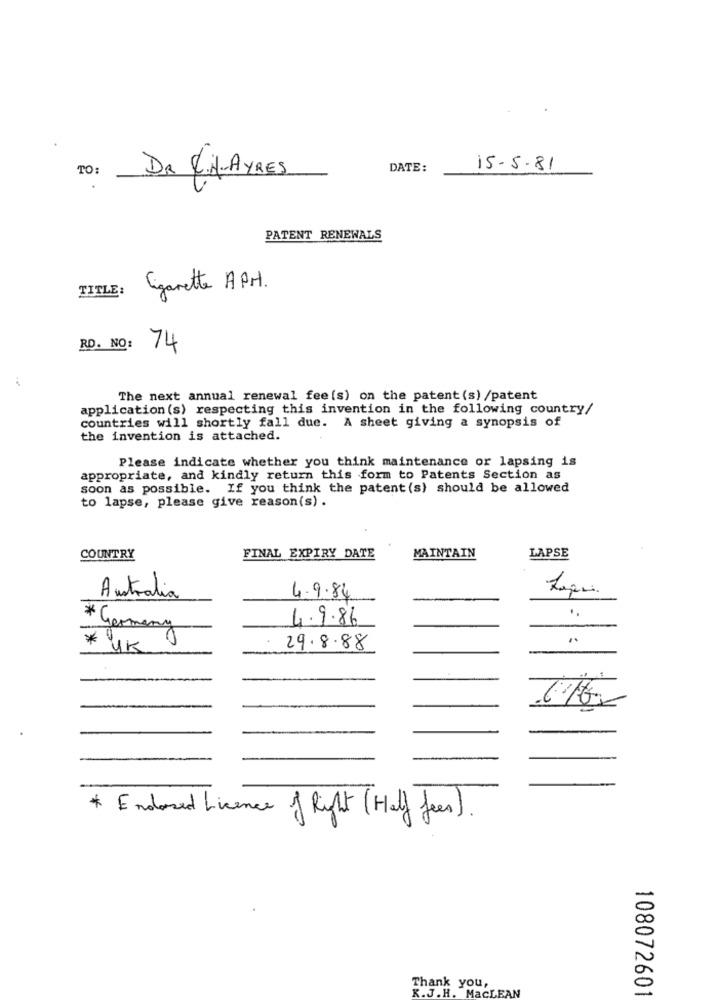
TO:
DATE:
15-5-81
DR CH-AYRES
PATENT RENEWALS
TITLE: Cigarette APM.
RD. NO:
74
The next annual renewal fee(s) on the patent (s) /patent
application (s) respecting this invention in the following country/
countries will shortly fall due. A sheet giving a synopsis of
the invention is attached.
Please indicate whether you think maintenance or lapsing is
appropriate, and kindly return this form to Patents Section as
soon as possible. If you think the patent (s) should be allowed
to lapse, please give reason(s) .
LAPSE
COUNTRY
FINAL EXPIRY DATE
MAINTAIN
Australia
4.9.84
4.9.86
* Germany
* YK
29.8.88
---
616
Endorsed Licence of Right (Half Jees)
Thank you,
K.J.H. MaCLEAN
10807260